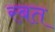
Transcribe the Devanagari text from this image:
रबत